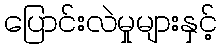
ပြောင်းလဲမှုများနှင့်